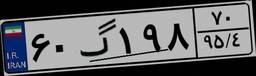
۹۰گ۸۵۹۳۰